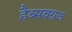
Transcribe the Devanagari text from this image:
हैब्सबग्रज